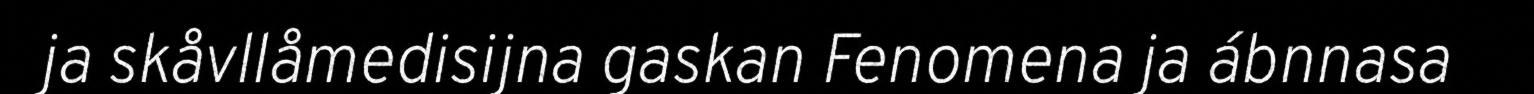
ja skåvllåmedisijna gaskan Fenomena ja ábnnasa